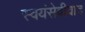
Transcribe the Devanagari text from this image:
स्वयंसेवीवाद